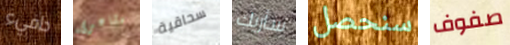
دافيء مشاعرى سحاقية سأريك سنحصل صفوف